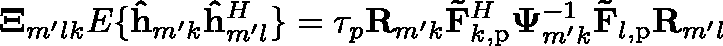
\mathbf { \Xi } _ { m ^ { \prime } l k } \triangleq \mathbb { E } \{ \mathbf { \hat { h } } _ { m ^ { \prime } k } \mathbf { \hat { h } } _ { m ^ { \prime } l } ^ { H } \} = \tau _ { p } \mathbf { R } _ { m ^ { \prime } k } \mathbf { \tilde { F } } _ { k , \mathrm { p } } ^ { H } \mathbf { \Psi } _ { m ^ { \prime } k } ^ { - 1 } \mathbf { \tilde { F } } _ { l , \mathrm { p } } \mathbf { R } _ { m ^ { \prime } l }